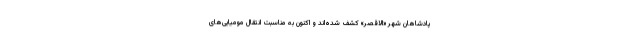
پادشاهان شهر «الاقصر» کشف شده‌اند و اکنون به مناسبت انتقال مومیایی‌های